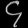
Digit: ၄